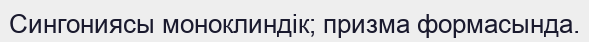
Сингониясы моноклиндік; призма формасында.